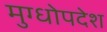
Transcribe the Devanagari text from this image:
मुग्धोपदेश